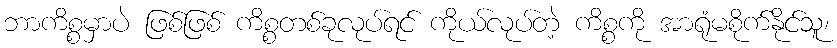
ဘာကိစ္စမှာပဲ ဖြစ်ဖြစ် ကိစ္စတစ်ခုလုပ်ရင် ကိုယ်လုပ်တဲ့ ကိစ္စကို အာရုံမစိုက်နိုင်သူ၊